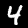
Digit: 4